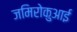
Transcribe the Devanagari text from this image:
जमिरोकुआई